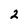
Character: 2